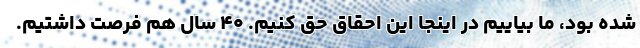
شده بود، ما بیاییم در اینجا این احقاق حق کنیم. ۴۰ سال هم فرصت داشتیم.